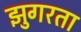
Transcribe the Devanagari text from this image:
झुगरता